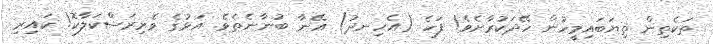
ތަކެތިން ތިޔަބައިމީހުން ހޭދަކުރާށެވެ! ފަހެ (އެހިނދު) އޭނާ ބުނާނެތެވެ. އަޅުގެ ވެރިރަސްކަލާކޮ! ކައިރި